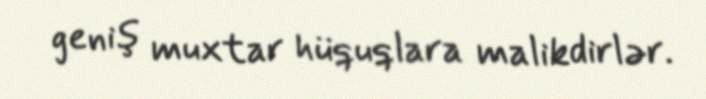
geniş muxtar hüquqlara malikdirlər.